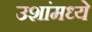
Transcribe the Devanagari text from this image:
उशांमध्ये